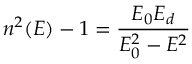
n ^ { 2 } ( E ) - 1 = \frac { E _ { 0 } E _ { d } } { E _ { 0 } ^ { 2 } - E ^ { 2 } }